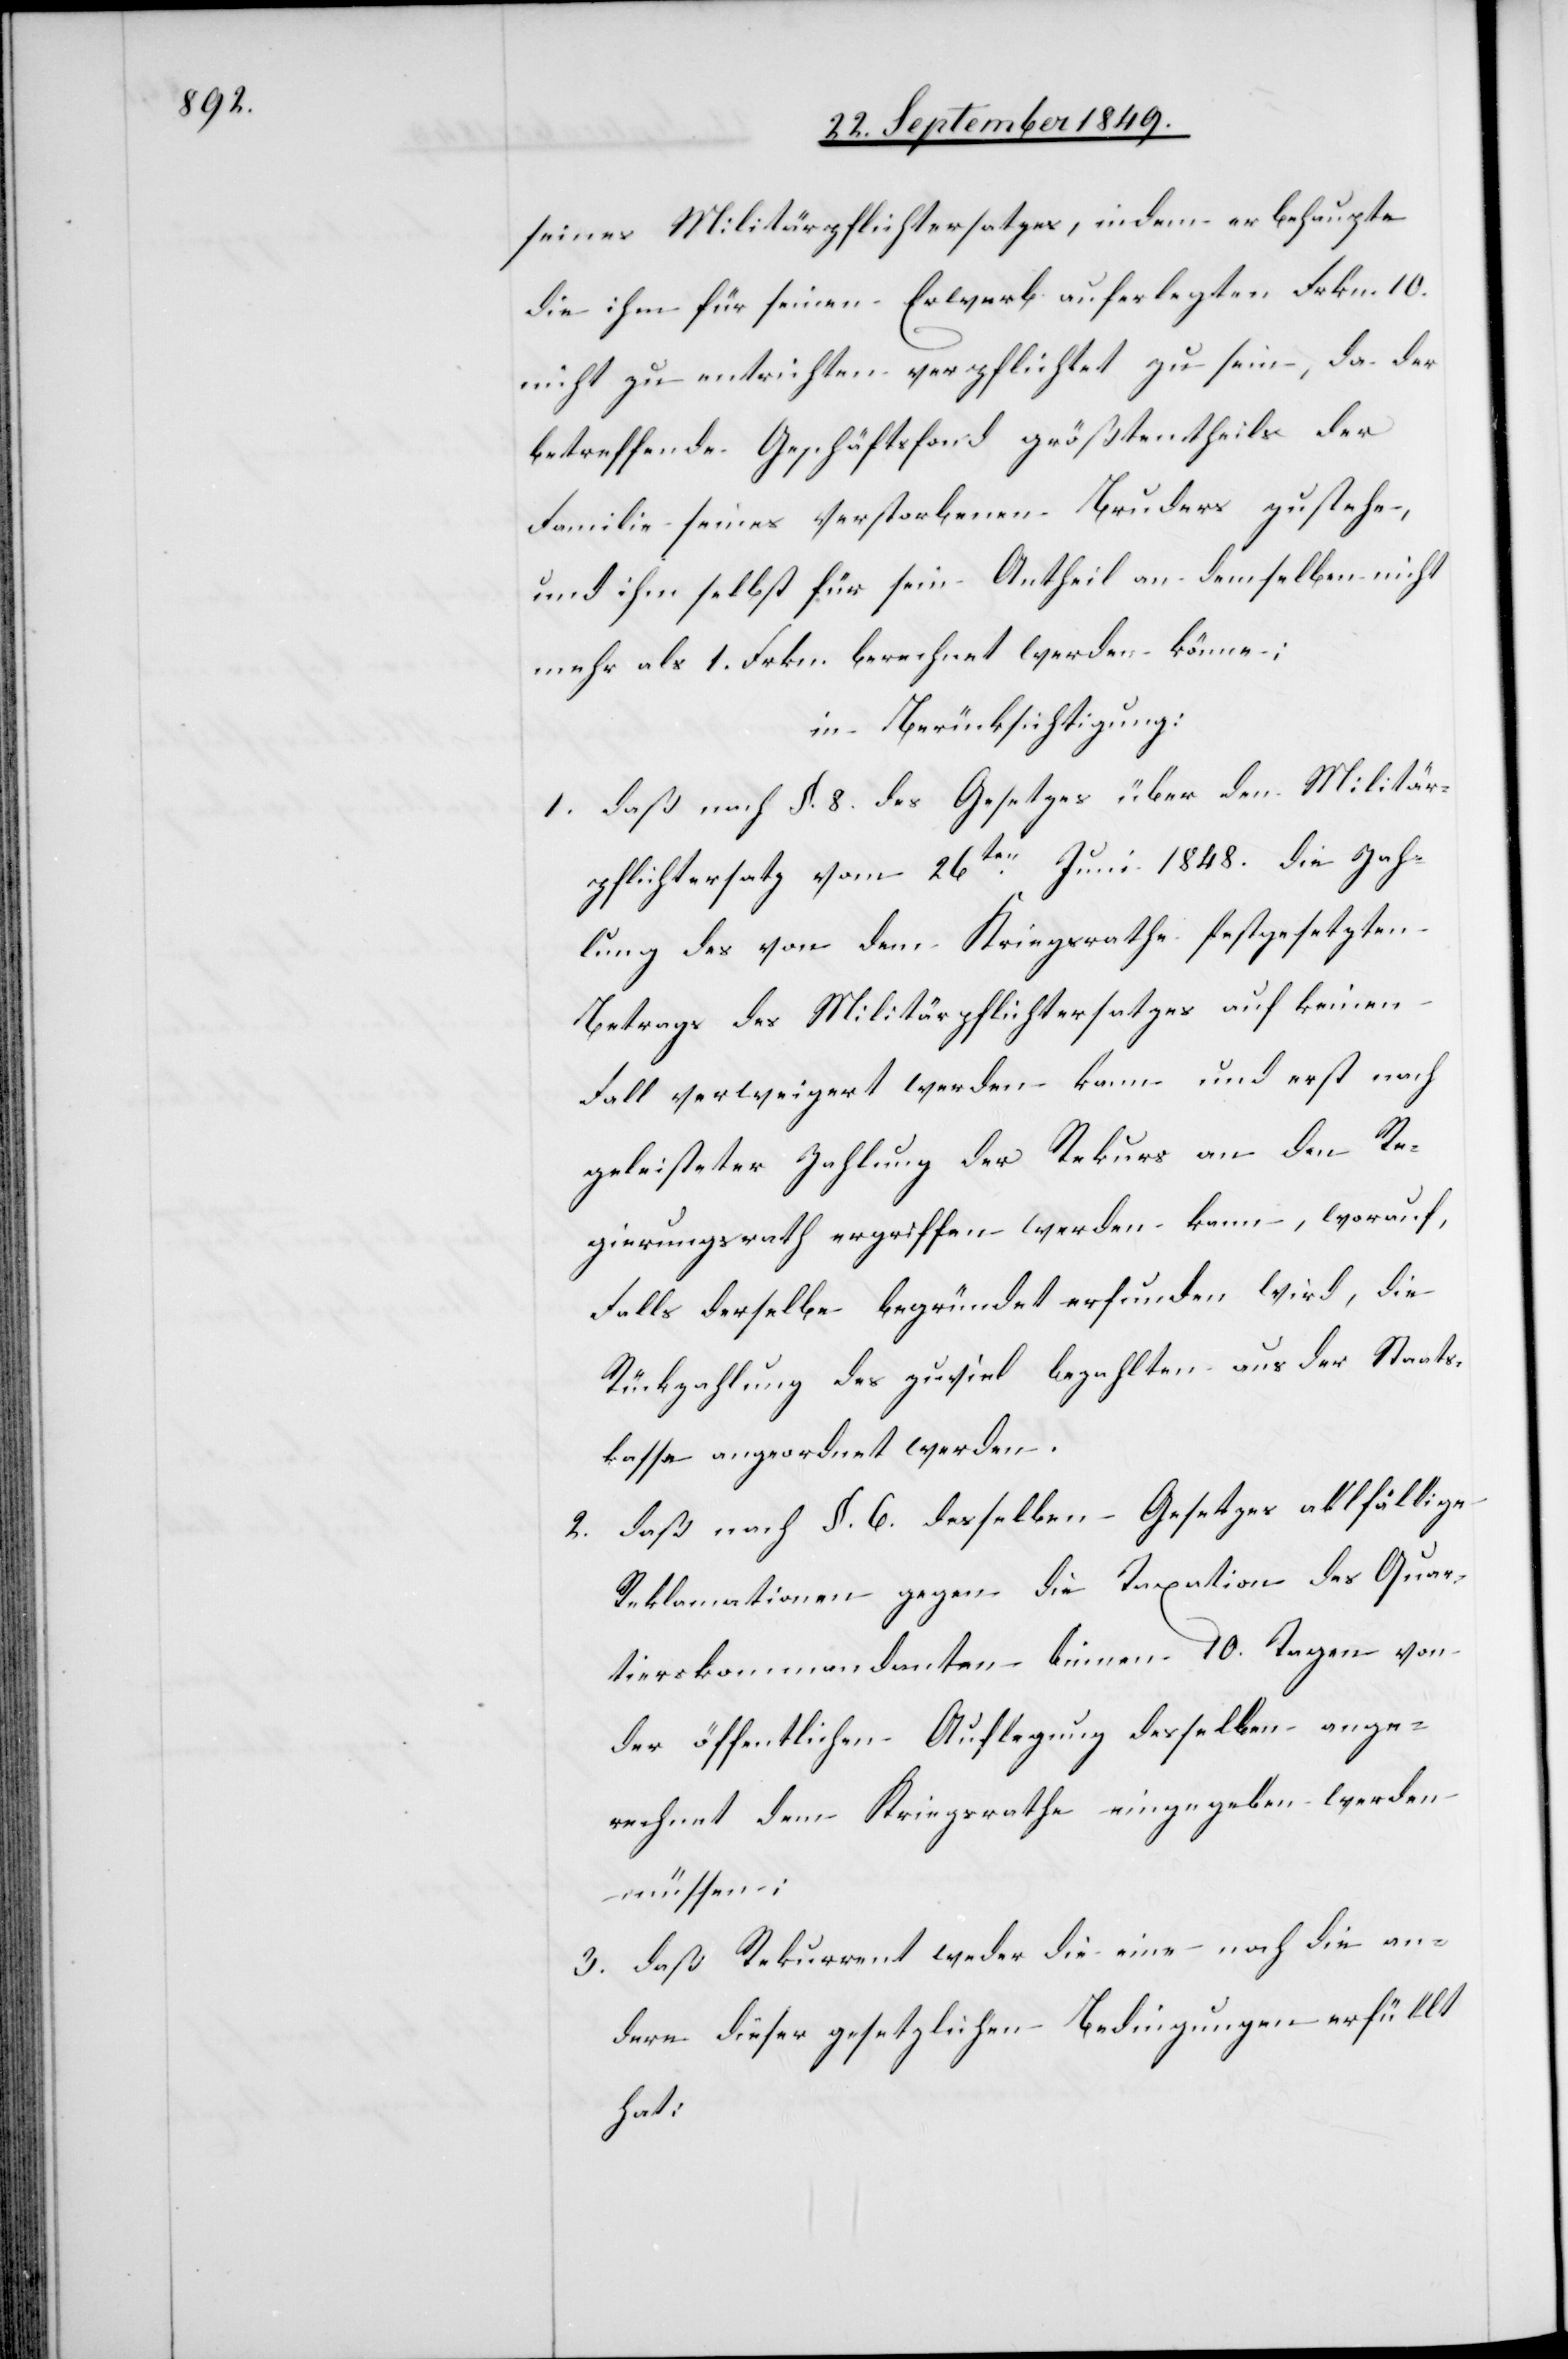
seines Militärpflichtersatzes, indem er behaupte
die ihm für seinen Erwerb auferlegten Frkn. 10.
nicht zu entrichten verpflichtet zu sein, da der
betreffende Geschäftsfond größtentheils der
Familie seines verstorbenen Bruders zustehe,
und ihm selbst für sein Antheil an demselben nicht
mehr als 1. Frkn. berechnet werden könne;
in Berücksichtigung:
1. daß nach §. 8. des Gesetzes über den Militär¬
pflichtersatz vom 26ten Juni 1848. die Zah¬
lung des von dem Kriegsrathe festgesetzten
Betrags des Militärpflichtersatzes auf keinen
Fall verweigert werden kann und erst nach
geleisteter Zahlung der Rekurs an den Re¬
gierungsrath ergriffen werden kann, worauf,
[sic!] derselbe begründet erfunden wird, die
Rückzahlung des zuviel bezahlten aus der Staats¬
kassa angeordnet werden.
2. daß nach §. 6. desselben Gesetzes allfällige
Reklamationen gegen die Taxation des Quar¬
tierskommandanten binnen 10. Tagen von
der öffentlichen Auflegung desselben ange¬
rechnet dem Kriegsrathe eingegeben werden
müssen;
3. daß Rekurrent weder die eine noch die an¬
dere dieser gesetzlichen Bedingungen erfüllt
hat;